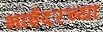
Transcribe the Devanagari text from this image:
भाईंदरच्या